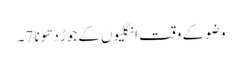
وضو کے وقت انگلیوں کےجوڑ دھونا 7۔